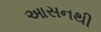
આસનથી